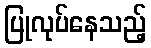
ပြုလုပ်နေသည့်